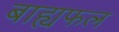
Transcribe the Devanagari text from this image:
बाह्यफल